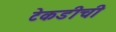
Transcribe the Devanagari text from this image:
टेकडीची